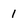
Character: 1